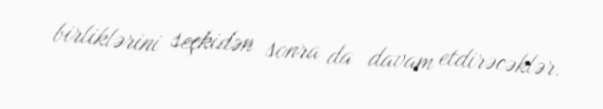
birliklərini seçkidən sonra da davam etdirəcəklər.